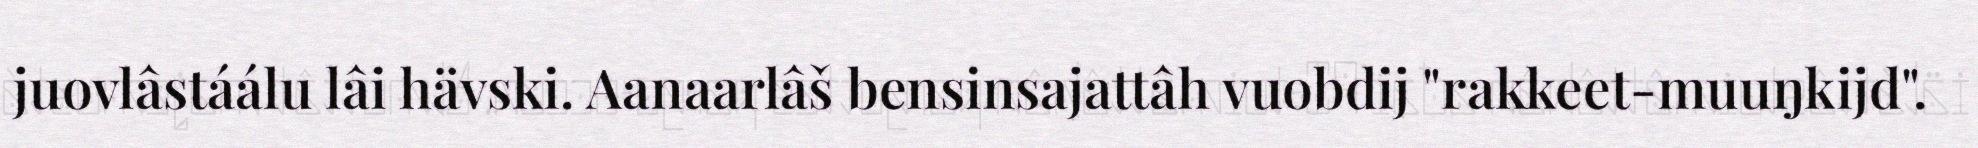
juovlâstáálu lâi hävski. Aanaarlâš bensinsajattâh vuobdij "rakkeet-muuŋkijd".